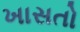
ખાસતો